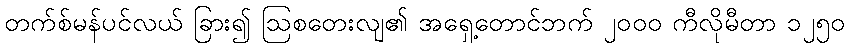
တက်စ်မန်ပင်လယ် ခြား၍ ဩစတေးလျ၏ အရှေ့တောင်ဘက် ၂၀၀၀ ကီလိုမီတာ ၁၂၅၀